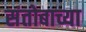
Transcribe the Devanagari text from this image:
संतोबाच्या